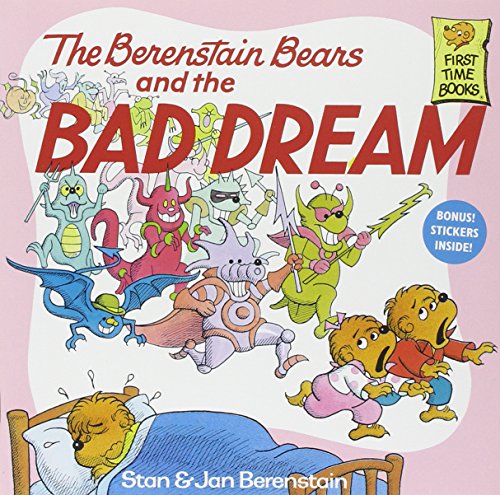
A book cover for The Berenstain Bears and the Bad Dream; Stan Berenstain; Children's Books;